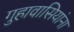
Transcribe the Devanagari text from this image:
गुहावासियांना